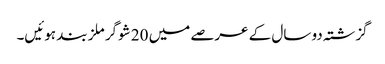
گزشتہ دو سال کے عرصے میں 20 شوگر ملز بند ہوئیں۔